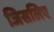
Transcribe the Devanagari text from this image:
जिसलिए